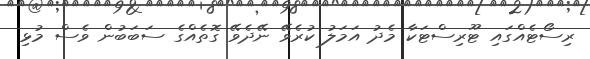
ރިސޯޓެއްގައި ޓޫރިސްޓަކާ މެދު އަމަލު ކުރެވޭ ނޭދެވޭ ގޮތެއްގެ ސަބަބުން ވެސް މުޅި